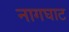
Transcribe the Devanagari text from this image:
नागघाट